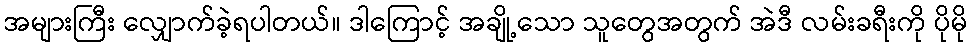
အများကြီး လျှောက်ခဲ့ရပါတယ်။ ဒါကြောင့် အချို့သော သူတွေအတွက် အဲဒီ လမ်းခရီးကို ပိုမို